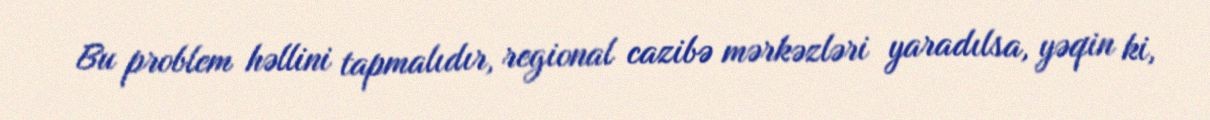
Bu problem həllini tapmalıdır, regional cazibə mərkəzləri yaradılsa, yəqin ki,